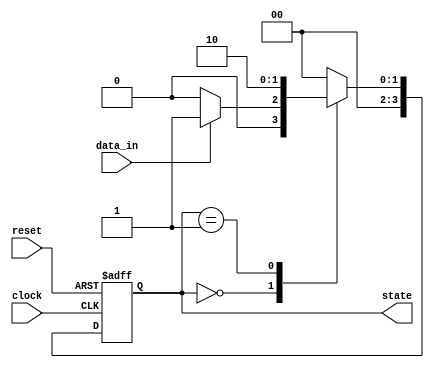
module event_control (
    input wire clock,          // Clock signal
    input wire reset,          // Asynchronous reset signal
    input wire data_in,        // Example input data
    output reg [3:0] state     // Example state register, 4 bits wide
);
    
    // State encoding for demonstration (e.g., states 0 to 15)
    localparam STATE_0 = 4'b0000;
    localparam STATE_1 = 4'b0001;
    localparam STATE_2 = 4'b0010;
    // Add more states as required.

    // Sequential logic for positive edge-triggered behavior
    always @(posedge clock or posedge reset) begin
        if (reset) begin
            state <= STATE_0;   // Reset state to STATE_0
        end else begin
            // Example state transition logic
            case (state)
                STATE_0: state <= (data_in) ? STATE_1 : STATE_0; // Transition based on input
                STATE_1: state <= STATE_2; // Example transition
                // Continue defining transitions for other states.
                default: state <= STATE_0; // Safe state
            endcase
        end
    end

    // Sequential logic for negative edge-triggered behavior
    always @(negedge clock) begin
        // Example output manipulation or state control
        // Here you can implement additional logic that responds to the negative edge
        // For this example, we do nothing on the negative edge, but you can add your logic.
    end
    
endmodule